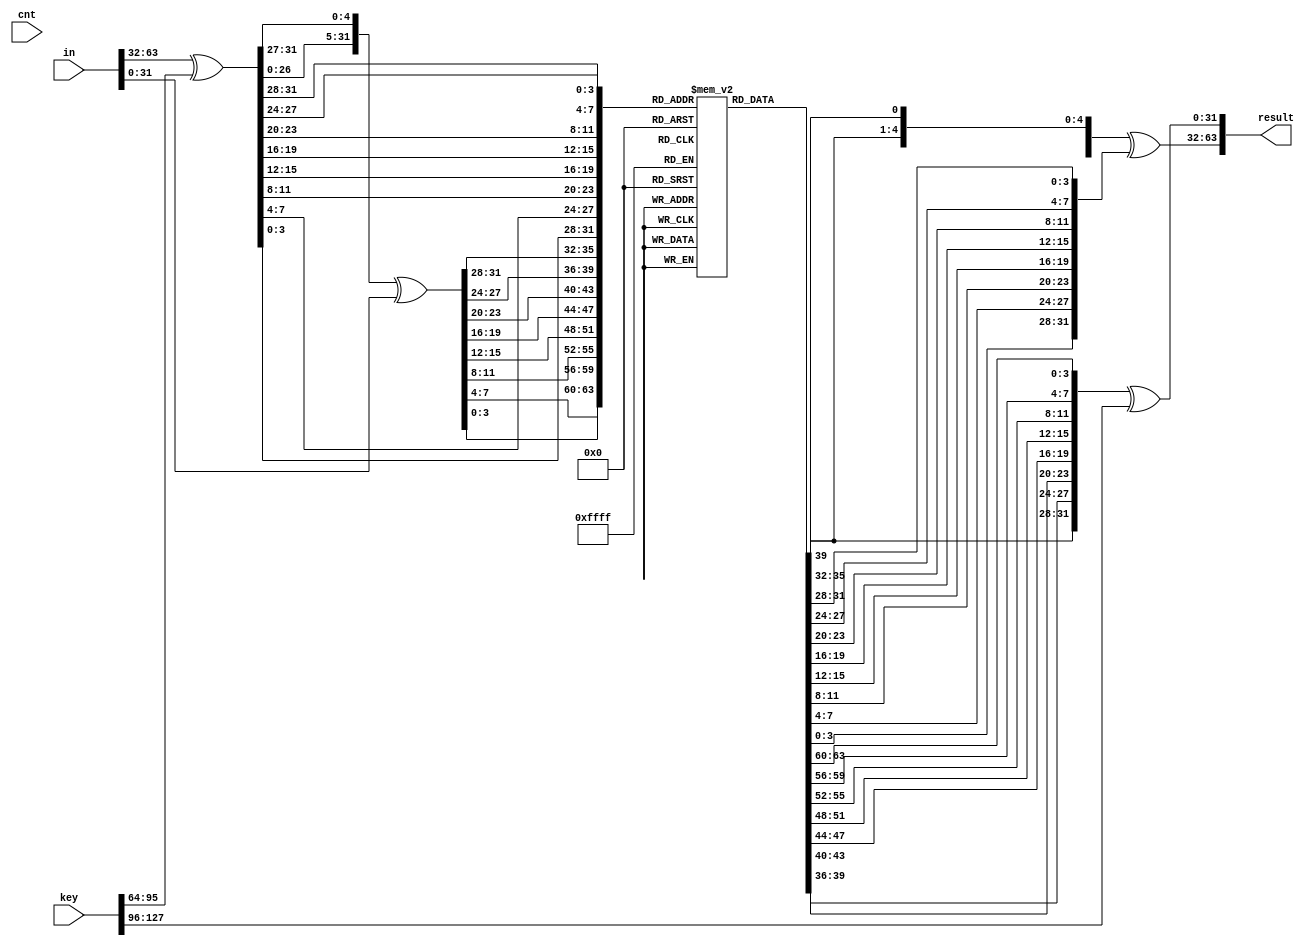
module LELBC_Test_RF_decrypt(in,key,cnt,result);
	input [0:63]in;
	input [0:127]key;
	input [0:4]cnt;
	output [0:63]result;
	//output [0:127]key_result;

	reg [0:3] sbox[0:15];
   	initial  begin
     	  sbox[ 0]=4'hC; sbox[ 1]=4'hE; sbox[ 2]=4'h6; sbox[ 3]=4'hA; 
     	  sbox[ 4]=4'h4; sbox[ 5]=4'hF; sbox[ 6]=4'h2; sbox[ 7]=4'h7; 
     	  sbox[ 8]=4'h9; sbox[ 9]=4'h8; sbox[10]=4'h3; sbox[11]=4'hB; 
     	  sbox[12]=4'h0; sbox[13]=4'hD; sbox[14]=4'h1; sbox[15]=4'h5; 
   	end
    	
	//LELBC_Test_UpdateKey ltu1(cnt,key,key_result);

	wire [0:63]in1;
	//wire [0:63]in1,in2,in3;
	//1
	assign in1[0:31]=in[0:31]^key[32:63];
	//2
	wire [0:31]temp1;
	assign temp1={in1[5:31],in1[0:4]};
	assign in1[32:63]=temp1[0:31]^in[32:63];
	//3
	wire [0:63]in2;
	assign in2={sbox[ in1[0:3] ],sbox[ in1[4:7] ],sbox[ in1[8:11] ],sbox[ in1[12:15]],sbox[ in1[16:19]],sbox[ in1[20:23]],sbox[ in1[24:27]],sbox[ in1[28:31]],sbox[ in1[32:35] ],sbox[ in1[36:39] ],sbox[ in1[40:43] ],sbox[ in1[44:47]],sbox[ in1[48:51]],sbox[ in1[52:55]],sbox[ in1[56:59]],sbox[ in1[60:63]]}; //subcell
	//4
	wire [0:31]temp2;
	wire [0:63]in3;
	assign temp2={in2[37:63],in2[32:36]};
	assign in3[0:31]=temp2[0:31]^in2[0:31];
	//5
	assign in3[32:63]=in2[32:63]^key[0:31];
	assign result=in3;

endmodule